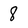
Character: 8